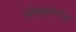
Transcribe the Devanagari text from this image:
चांदवडपर्यंत